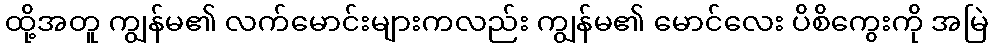
ထို့အတူ ကျွန်မ၏ လက်မောင်းများကလည်း ကျွန်မ၏ မောင်လေး ပိစိကွေးကို အမြဲ